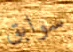
سوابق